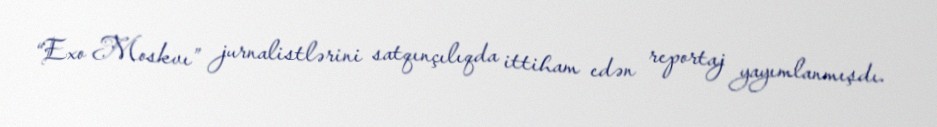
“Exo Moskvı” jurnalistlərini satqınçılıqda ittiham edən reportaj yayımlanmışdı.